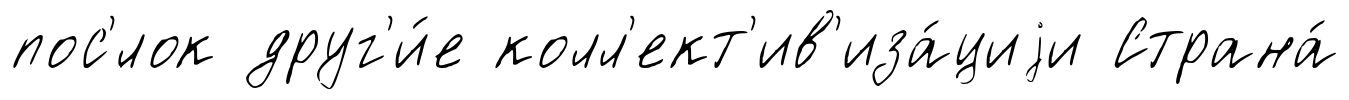
пос'́лок друг'и́е колл'ект'ив'иза́циjи Страна́